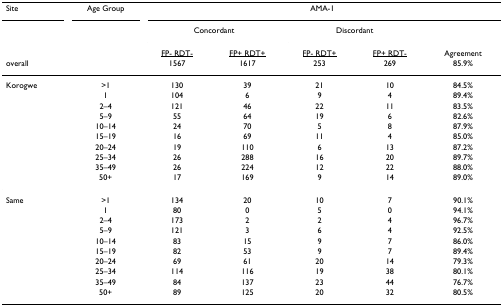
<table><thead><tr><td><b>Site</b></td><td><b>Age Group</b></td><td colspan="5"><b>AMA-1</b></td></tr><tr><td></td><td></td><td colspan="2"><b>Concordant</b></td><td colspan="2"><b>Discordant</b></td><td></td></tr><tr><td></td><td></td><td><b><underline>FP- RDT-</underline></b></td><td><b><underline>FP+ RDT+</underline></b></td><td><b><underline>FP- RDT+</underline></b></td><td><b><underline>FP+ RDT-</underline></b></td><td><b>Agreement</b></td></tr><tr><td><b>overall</b></td><td></td><td><b>1567</b></td><td><b>1617</b></td><td><b>253</b></td><td><b>269</b></td><td><b>85.9%</b></td></tr></thead><tbody><tr><td>Korogwe</td><td>&gt;1</td><td>130</td><td>39</td><td>21</td><td>10</td><td>84.5%</td></tr><tr><td></td><td>1</td><td>104</td><td>6</td><td>9</td><td>4</td><td>89.4%</td></tr><tr><td></td><td>2–4</td><td>121</td><td>46</td><td>22</td><td>11</td><td>83.5%</td></tr><tr><td></td><td>5–9</td><td>55</td><td>64</td><td>19</td><td>6</td><td>82.6%</td></tr><tr><td></td><td>10–14</td><td>24</td><td>70</td><td>5</td><td>8</td><td>87.9%</td></tr><tr><td></td><td>15–19</td><td>16</td><td>69</td><td>11</td><td>4</td><td>85.0%</td></tr><tr><td></td><td>20–24</td><td>19</td><td>110</td><td>6</td><td>13</td><td>87.2%</td></tr><tr><td></td><td>25–34</td><td>26</td><td>288</td><td>16</td><td>20</td><td>89.7%</td></tr><tr><td></td><td>35–49</td><td>26</td><td>224</td><td>12</td><td>22</td><td>88.0%</td></tr><tr><td></td><td>50+</td><td>17</td><td>169</td><td>9</td><td>14</td><td>89.0%</td></tr><tr><td>Same</td><td>&gt;1</td><td>134</td><td>20</td><td>10</td><td>7</td><td>90.1%</td></tr><tr><td></td><td>1</td><td>80</td><td>0</td><td>5</td><td>0</td><td>94.1%</td></tr><tr><td></td><td>2–4</td><td>173</td><td>2</td><td>2</td><td>4</td><td>96.7%</td></tr><tr><td></td><td>5–9</td><td>121</td><td>3</td><td>6</td><td>4</td><td>92.5%</td></tr><tr><td></td><td>10–14</td><td>83</td><td>15</td><td>9</td><td>7</td><td>86.0%</td></tr><tr><td></td><td>15–19</td><td>82</td><td>53</td><td>9</td><td>7</td><td>89.4%</td></tr><tr><td></td><td>20–24</td><td>69</td><td>61</td><td>20</td><td>14</td><td>79.3%</td></tr><tr><td></td><td>25–34</td><td>114</td><td>116</td><td>19</td><td>38</td><td>80.1%</td></tr><tr><td></td><td>35–49</td><td>84</td><td>137</td><td>23</td><td>44</td><td>76.7%</td></tr><tr><td></td><td>50+</td><td>89</td><td>125</td><td>20</td><td>32</td><td>80.5%</td></tr></tbody></table>